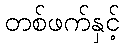
တစ်ဖက်နှင့်